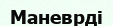
Маневрді